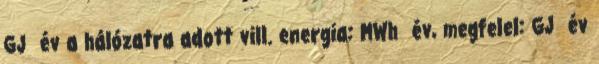
GJ év a hálózatra adott vill. energia: MWh év, megfelel: GJ év